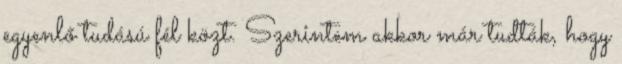
egyenlő tudású fél közt. Szerintem akkor már tudták, hogy